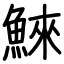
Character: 鯠